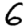
Digit: 6